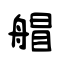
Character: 艒